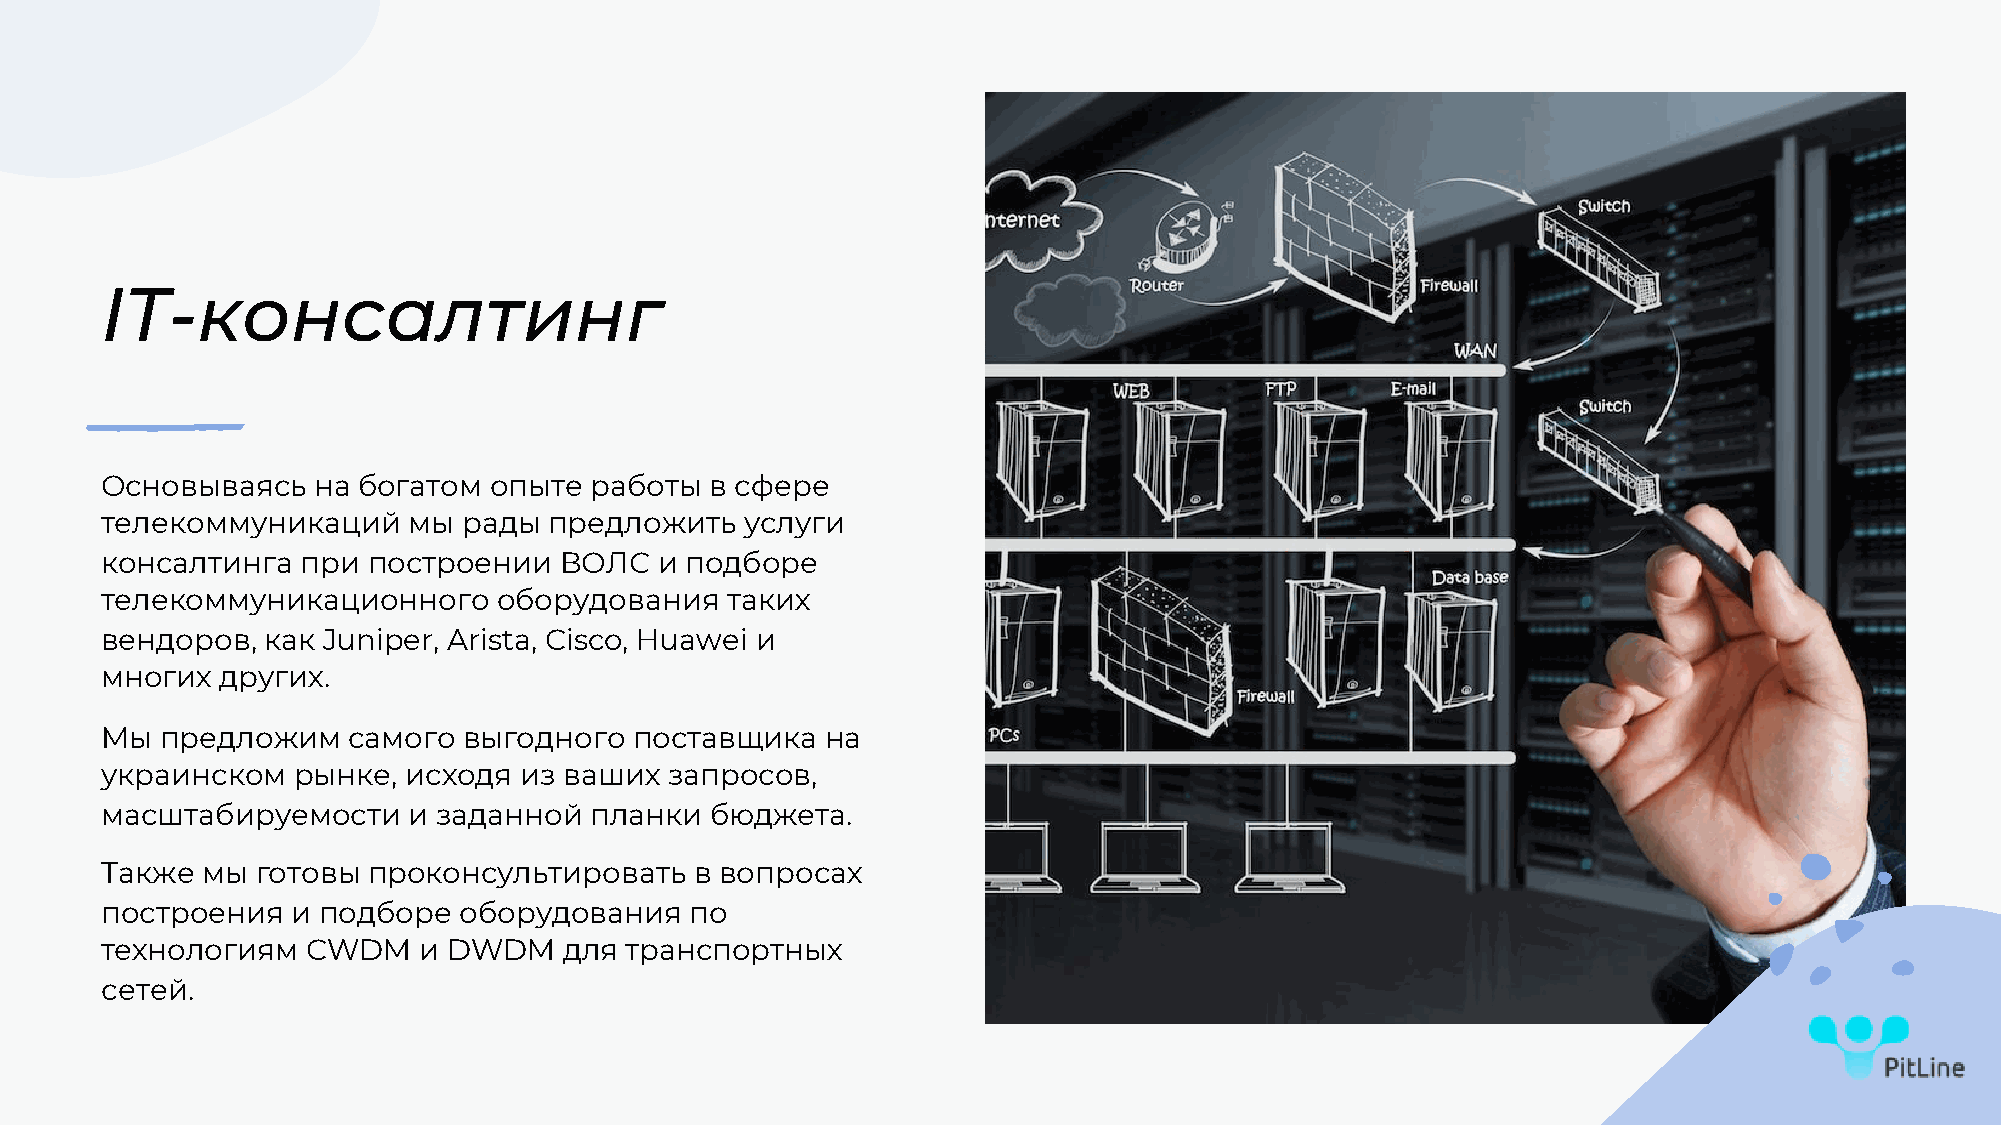
IT-консалтинг
 Основываясь   на богатом опыте  работы  в сфере
 телекоммуникаций    мы  рады предложить   услуги
 консалтинга  при построении   ВОЛС   и подборе
 телекоммуникационного     оборудования   таких
 вендоров, как Juniper, Arista, Cisco, Huawei и
 многих  других.
 Мы  предложим   самого  выгодного  поставщика   на
 украинском  рынке,  исходя из ваших  запросов,
 масштабируемости    и заданной  планки  бюджета.
 Также мы  готовы проконсультировать    в вопросах
 построения  и подборе  оборудования    по
 технологиям  CWDM    и DWDM   для транспортных
 сетей.